Indian journal of veterinary science and animal husbandry - Volume 8,
Year: 1938
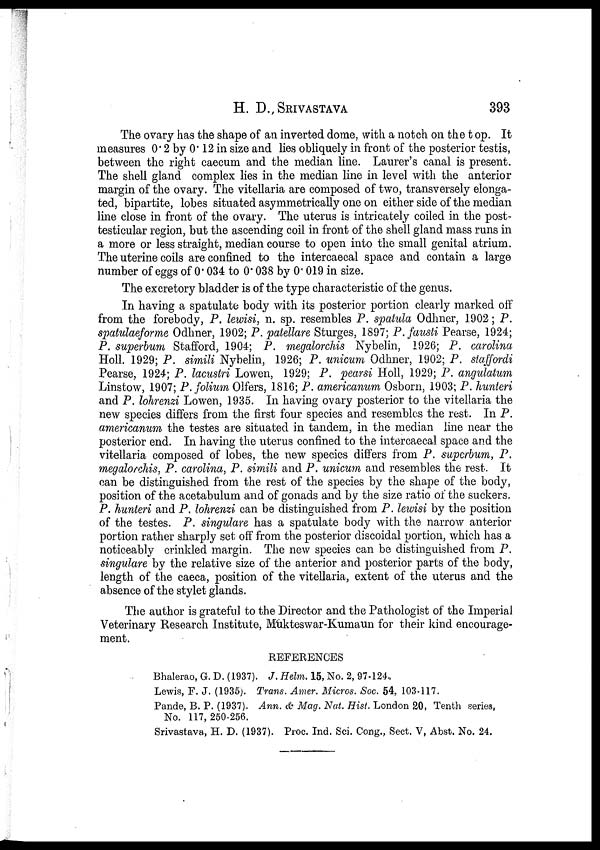
H. D. SRIVASTAVA 393
The ovary has the shape of an inverted dome, with a notch on the t op. It
measures 0.2 by 0.12 in size and lies obliquely in front of the posterior testis,
between the right caecum and the median line. Laurer's canal is present.
The shell gland complex lies in the median line in level with the anterior
margin of the ovary. The vitellaria are composed of two, transversely elonga-
ted, bipartite, lobes situated asymmetrically one on either side of the median
line close in front of the ovary. The uterus is intricately coiled in the post-
testicular region, but the ascending coil in front of the shell gland mass runs in
a more or less straight, median course to open into the small genital atrium.
The uterine coils are confined to the intercaecal space and contain a large
number of eggs of 0.034 to 0.038 by 0.019 in size.
The excretory bladder is of the type characteristic of the genus.
In having a spatulate body with its posterior portion clearly marked off
from the forebody, P. lewisi, n. sp. resembles P. spatula Odhner, 1902; P.
spatulaeforme Odhner, 1902; P. patellare Sturges, 1897; P.fausti Pearse, 1924;
P. superbum Stafford, 1904; P. megalorchis Nybelin, 1926; P. carolina
Holl. 1929; P. simili Nybelin, 1926; P. unicum Odhner, 1902; P. staffordi
Pearse, 1924; P. lacustri Lowen, 1929; P. pearsi Holl, 1929; P. angulatum
Linstow, 1907; P. folium Olfers, 1816; P. americanum Osborn, 1903; P. hunteri
and P. lohrenzi Lowen, 1935. In having ovary posterior to the vitellaria the
new species differs from the first four species and resembles the rest. In P.
americanum the testes are situated in tandem, in the median line near the
posterior end. In having the uterus confined to the intercaecal space and the
vitellaria composed of lobes, the new species differs from P. superbum, P.
megalorchis, P. Carolina, P. simili and P. unicum and resembles the rest. It
can be distinguished from the rest of the species by the shape of the body,
position of the acetabulum and of gonads and by the size ratio of the suckers.
P. hunteri and P. lohrenzi can be distinguished from P. lewisi by the position
of the testes. P. singulare has a spatulate body with the narrow anterior
portion rather sharply set off from the posterior discoidal portion, which has a
noticeably crinkled margin. The new species can be distinguished from P.
singulare by the relative size of the anterior and posterior parts of the body,
length of the caeca, position of the vitellaria, extent of the uterus and the
absence of the stylet glands.
The author is grateful to the Director and the Pathologist of the Imperial
Veterinary Research Institute, Mukteswar-Kumaun for their kind encourage-
ment.
REFERENCES
Bhalerao, G. D. (1937). J. Helm. 15, No. 2, 97-124,
Lewis, F. J. (1935). Trans. Amer. Micros. Soc. 54, 103-117.
Pande, B. P. (1937). Ann. & Mag. Nat. Hist. London 20, Tenth series,
No. 117, 250-256.
Srivastava, H. D. (1937). Proc. Ind. Sci. Cong., Sect. V, Abst. No. 24.